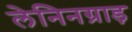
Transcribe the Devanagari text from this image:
लेनिनग्राड़